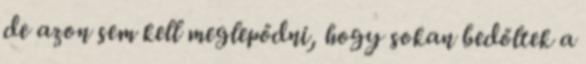
de azon sem kell meglepődni, hogy sokan bedőltek a